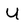
Character: U